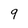
Character: 9